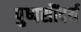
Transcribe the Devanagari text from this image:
पुष्पसौंदर्य